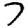
Digit: 7